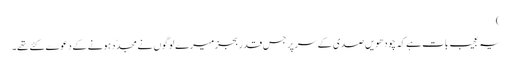
)
یہ عجیب بات ہے کہ چودھویں صدی کے سر پر جس قدر بجز میرے لوگوں نے مجدّد ہونے کے دعوے کئے تھے۔